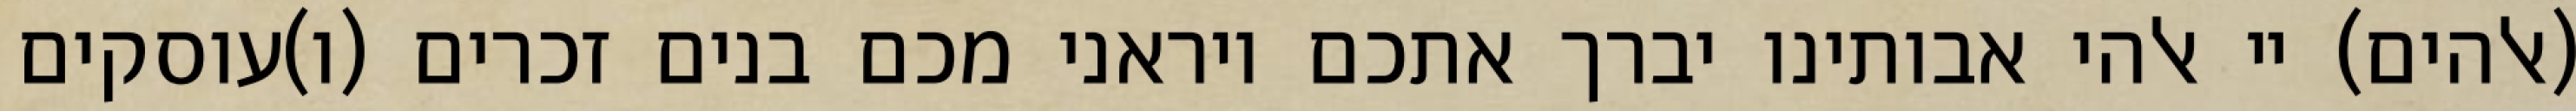
(אלהים) יי אלהי אבותינו יברך אתכם ויראני מכם בנים זכרים (ו)עוסקים